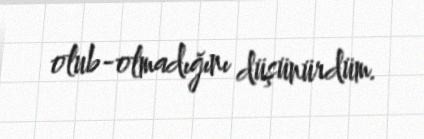
olub-olmadığını düşünürdüm.